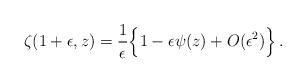
LaTeX: \begin{align*}\zeta(1+\epsilon,z)=\frac1\epsilon\Big\{1-\epsilon\psi(z)+O(\epsilon^2)\Big\}\,.\end{align*}